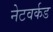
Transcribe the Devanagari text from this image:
नेटवर्कड